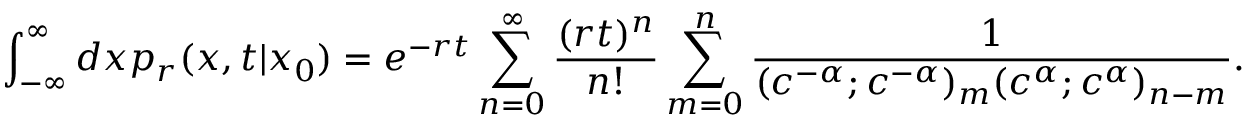
\int _ { - \infty } ^ { \infty } d x p _ { r } ( x , t | x _ { 0 } ) = e ^ { - r t } \sum _ { n = 0 } ^ { \infty } \frac { ( r t ) ^ { n } } { n ! } \sum _ { m = 0 } ^ { n } \frac { 1 } { ( c ^ { - \alpha } ; c ^ { - \alpha } ) _ { m } ( c ^ { \alpha } ; c ^ { \alpha } ) _ { n - m } } .